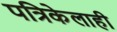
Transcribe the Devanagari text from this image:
पत्रिकेलाही